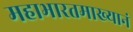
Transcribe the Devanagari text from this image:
महाभारतमाख्यानं